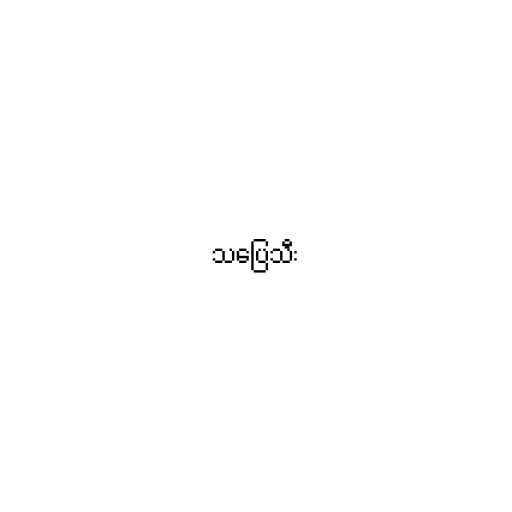
သပြေသီး